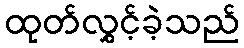
ထုတ်လွှင့်ခဲ့သည်